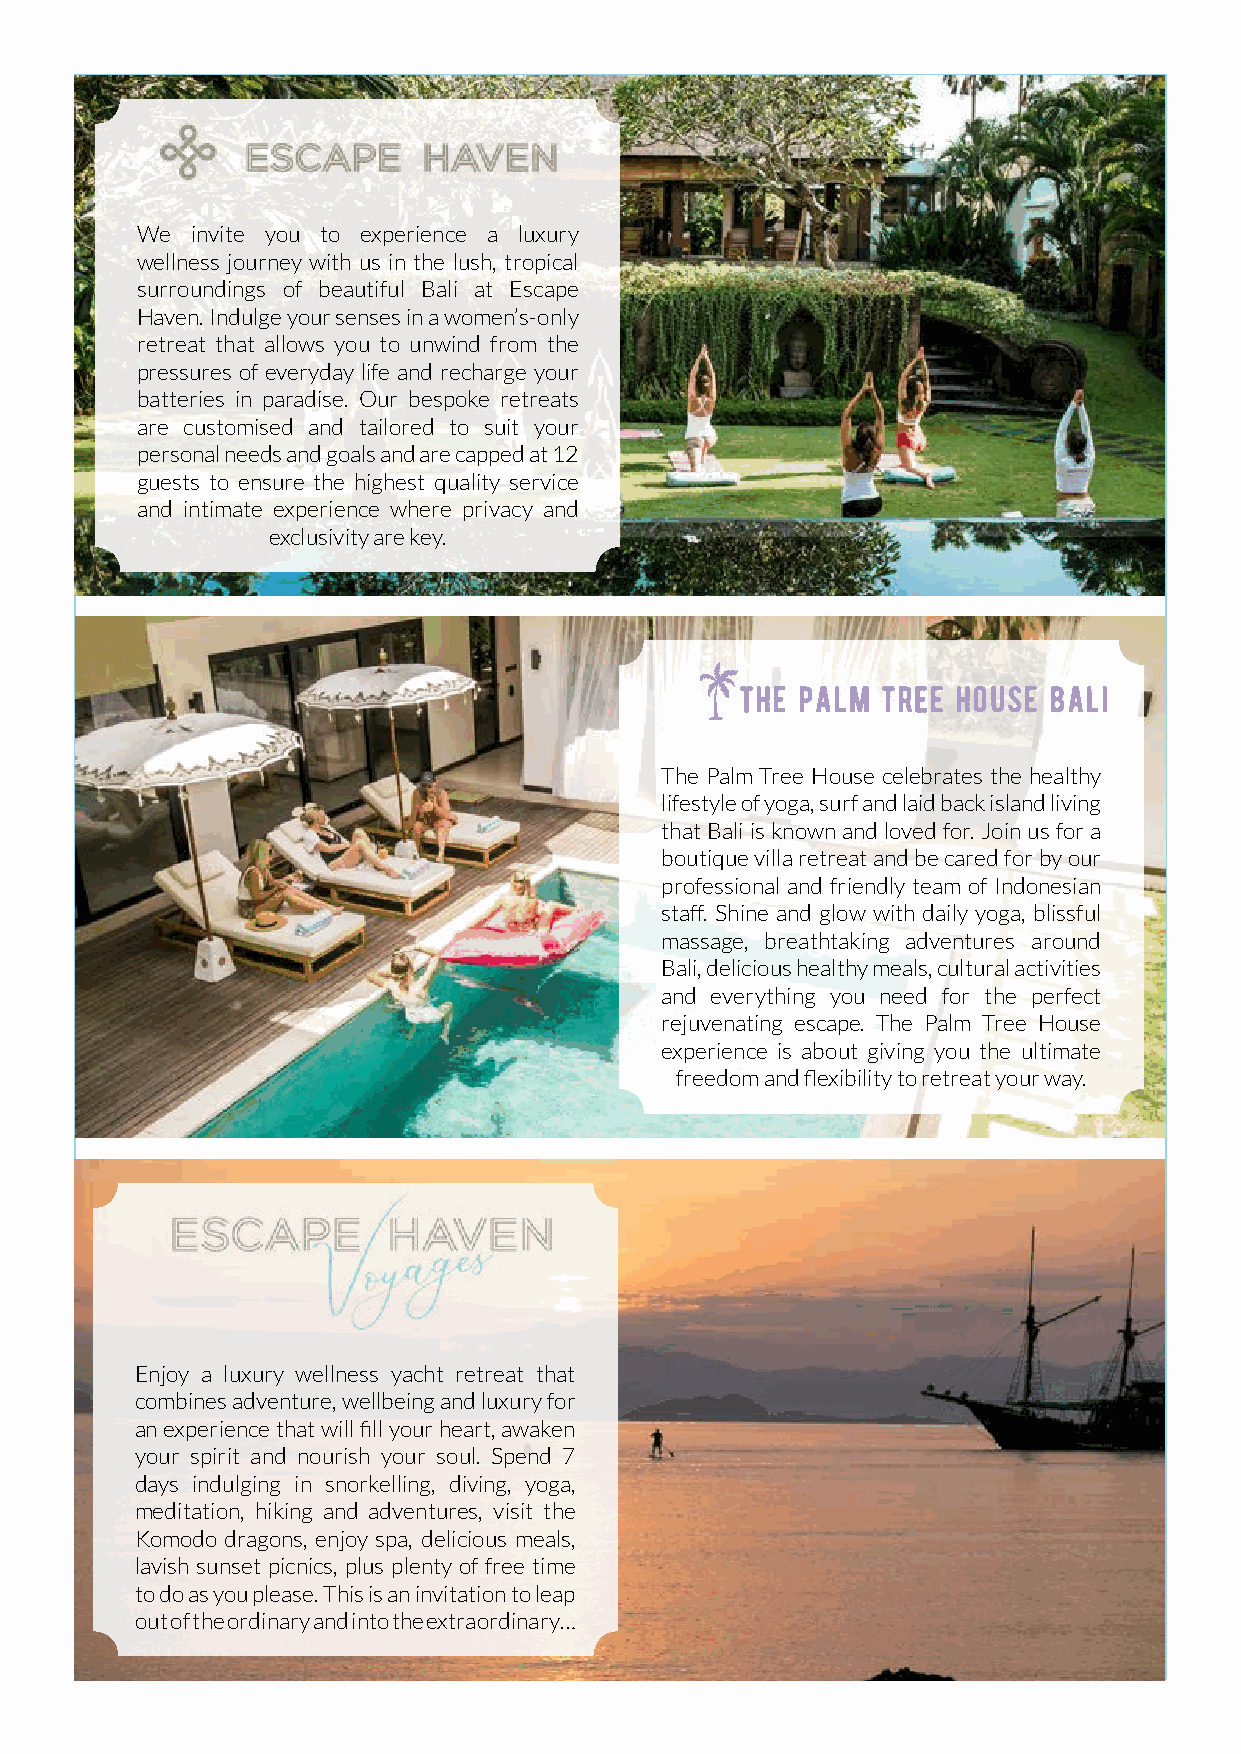
We  invite you to experience a luxury
 wellness journey with us in the lush, tropical
 surroundings of beautiful Bali at Escape
 Haven. Indulge your senses in a women’s-only
 retreat that allows you to unwind from the
 pressures of everyday life and recharge your
 batteries in paradise. Our bespoke retreats
 are customised and tailored to suit your
 personal needs and goals and are capped at 12
 guests to ensure the highest quality service
 and intimate experience where privacy and
 exclusivity are key.
 The Palm Tree House celebrates the healthy
 lifestyle of yoga, surf and laid back island living
 that Bali is known and loved for. Join us for a
 boutique villa retreat and be cared for by our
 professional and friendly team of Indonesian
 staff. Shine and glow with daily yoga, blissful
 massage, breathtaking adventures around
 Bali, delicious healthy meals, cultural activities
 and everything you need for the perfect
 rejuvenating escape. The Palm Tree House
 experience is about giving you the ultimate
 freedom and flexibility to retreat your way.
 Enjoy a luxury wellness yacht retreat that
 combines adventure, wellbeing and luxury for
 an experience that will fill your heart, awaken
 your spirit and nourish your soul. Spend 7
 days indulging in snorkelling, diving, yoga,
 meditation, hiking and adventures, visit the
 Komodo dragons, enjoy spa, delicious meals,
 lavish sunset picnics, plus plenty of free time
 to do as you please. This is an invitation to leap
 out of the ordinary and into the extraordinary…